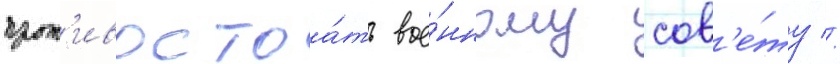
прот'ивостоа́ть вое́нному сов'е́ту //